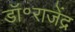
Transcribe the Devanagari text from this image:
डॉ॰राजेंद्र